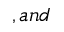
, a n d